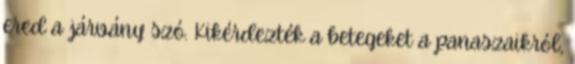
ered a járvány szó. Kikérdezték a betegeket a panaszaikról,